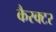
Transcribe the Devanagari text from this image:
कैरक्टर